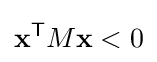
\mathbf {x} ^{\mathsf {T}}M\mathbf {x} <0